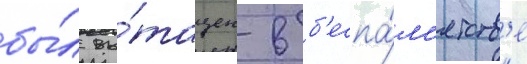
бы́л вы́тащен в б'еспа́м'ятств'е